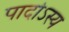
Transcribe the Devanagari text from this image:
पादोऽस्य